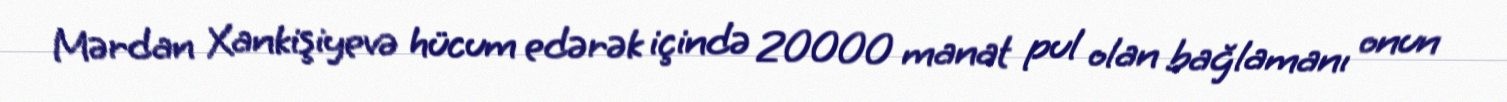
Mərdan Xankişiyevə hücum edərək içində 20000 manat pul olan bağlamanı onun